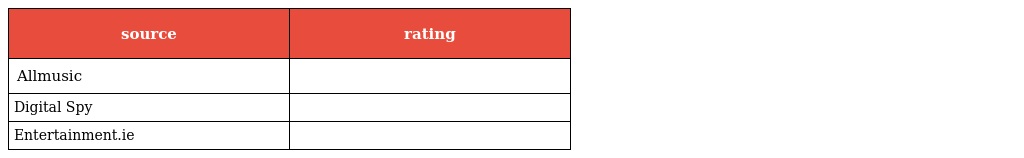
| source | rating |
 | --- | --- |
 | Allmusic |  |
 | Digital Spy |  |
 | Entertainment.ie |  |